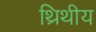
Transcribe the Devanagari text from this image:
थ्रिथीय